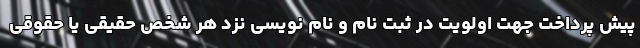
پیش پرداخت جهت اولویت در ثبت نام و نام نویسی نزد هر شخص حقیقی یا حقوقی